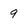
Character: 9